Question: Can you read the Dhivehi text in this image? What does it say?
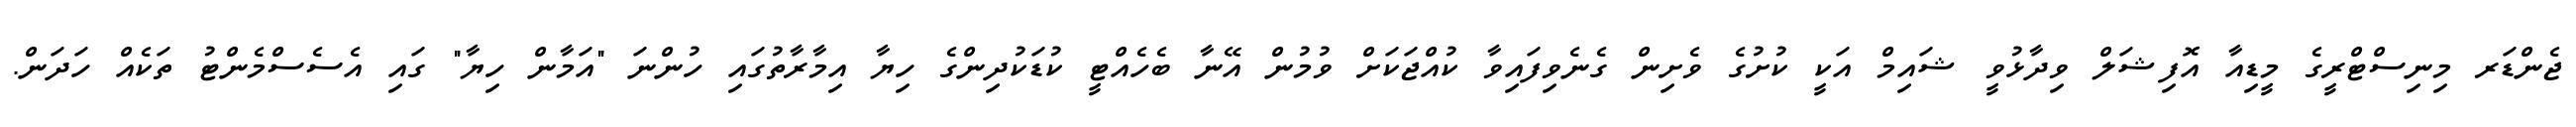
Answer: ޖެންޑަރ މިނިސްޓްރީގެ މީޑިއާ އޮފިޝަލް ވިދާޅުވީ ޝައިމް އަކީ ކުށުގެ ވެށިން ގެނެވިފައިވާ ކުއްޖަކަށް ވުމުން އޭނާ ބެހެއްޓީ ކުޑަކުދިންގެ ހިޔާ އިމާރާތުގައި ހުންނަ "އަމާން ހިޔާ" ގައި އެސެސްމެންޓު ތަކެއް ހަދަން.